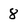
Character: 8